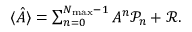
\begin{array} { r } { \langle \hat { A } \rangle = \sum _ { n = 0 } ^ { N _ { \mathrm { m a x } } - 1 } A ^ { n } \mathcal { P } _ { n } + \mathcal { R } . } \end{array}